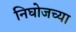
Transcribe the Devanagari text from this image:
निघोजच्या